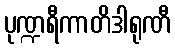
ပုဏ္ဍရီကာတိဒါရုဏီ